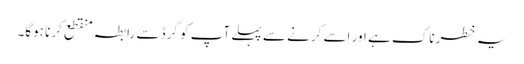
یہ خطرناک ہے اور اسے کرنے سے پہلے آپ کو گرڈ سے رابطہ منقطع کرنا ہوگا۔